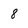
Character: 8